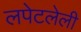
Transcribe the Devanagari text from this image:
लपेटलेली